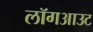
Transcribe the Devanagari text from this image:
लॉगआउट